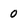
Character: 0